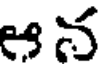
ఆన